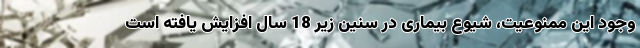
وجود این ممنوعیت، شیوع بیماری در سنین زیر 18 سال افزایش یافته است